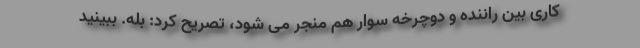
کاری بین راننده و دوچرخه سوار هم منجر می شود، تصریح کرد: بله. ببینید